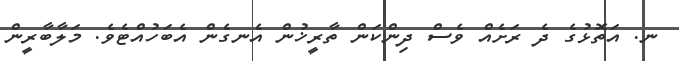
ނ. އަތޮޅުގެ ދެ ރަށެއް ވެސް ދިންކަން ތާރީޚުން އެނގެން އެބަހުއްޓެވެ. މަލާބާރީން